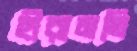
হীরামতি